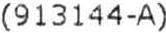
(913144-A)